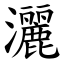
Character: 灑